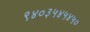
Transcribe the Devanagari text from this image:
९४०३५४५४५०